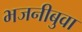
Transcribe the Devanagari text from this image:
भजनीबुवा